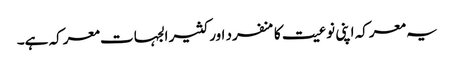
یہ معرکہ اپنی نوعیت کا منفرد اور کثیر الجہات معرکہ ہے۔